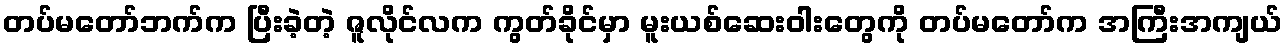
တပ်မတော်ဘက်က ပြီးခဲ့တဲ့ ဇူလိုင်လက ကွတ်ခိုင်မှာ မူးယစ်ဆေးဝါးတွေကို တပ်မတော်က အကြီးအကျယ်